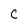
Character: C